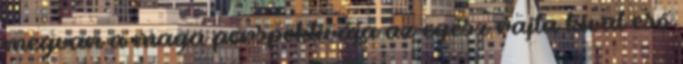
megvan a maga perspektívája az egész rajta kívül eső